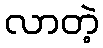
လာတဲ့